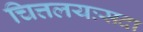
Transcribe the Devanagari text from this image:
चित्तलयःसदा